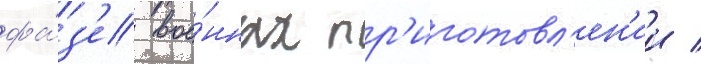
фа́з'е вое́нных пр'иготовл'ен'ии /